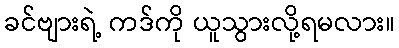
ခင်ဗျားရဲ့ ကဒ်ကို ယူသွားလို့ရမလား။